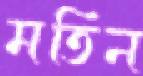
মতিন